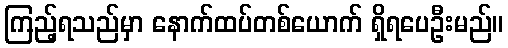
ကြည့်ရသည်မှာ နောက်ထပ်တစ်ယောက် ရှိရပေဦးမည်။